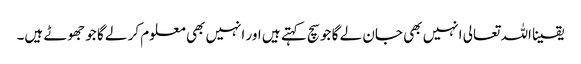
یقینا اللہ تعالی انہیں بھی جان لے گا جو سچ کہتے ہیں اور انہیں بھی معلوم کر لے گا جو جھوٹے ہیں۔